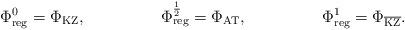
LaTeX: \begin{align*}\Phi^0_\mathrm{reg} &= \Phi_\mathrm{KZ},\ &\ \Phi^\frac 1 2_\mathrm{reg} &= \Phi_\mathrm{AT},\ &\ \Phi^{1}_\mathrm{reg}&=\Phi_{\overline{\mathrm{KZ}}}.\end{align*}